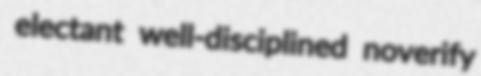
electant well-disciplined noverify